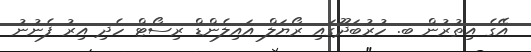
އޭގެ އިތުރުން ބ. ހުރުބަދޫގައި ރޯޔަލް އައިލެންޑް ރިސޯޓް ހެދި އިރު ފެނުނު